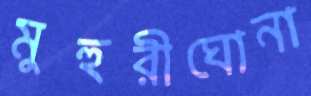
মুহুরীঘোনা